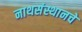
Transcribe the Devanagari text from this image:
नाथसंस्थानचे